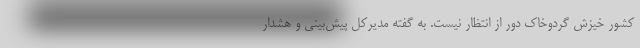
کشور خیزش گردوخاک دور از انتظار نیست. به گفته مدیرکل ‌پیش‌بینی و هشدار